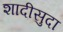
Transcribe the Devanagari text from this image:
शादीसुदा